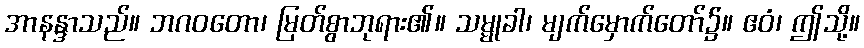
အာနန္ဒာသည်။ ဘဂဝတော၊ မြတ်စွာဘုရား၏။ သမ္မုခါ၊ မျက်မှောက်တော်၌။ ဧဝံ၊ ဤသို့။